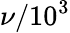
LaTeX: \nu/10^{3}